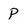
Character: P